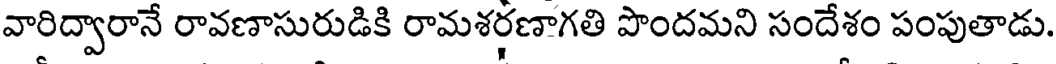
వారిద్వారానే రావణాసురుడికి రామశరణాగతి పొందమని సందేశం పంపుతాడు.